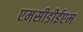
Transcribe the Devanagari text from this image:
एमसीडीईएम